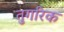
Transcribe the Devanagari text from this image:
तुगरिक